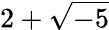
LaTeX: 2+{\sqrt{-5}}